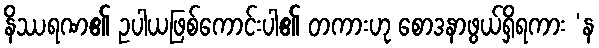
နိဿရဏ၏ ဥပါယဖြစ်ကောင်းပါ၏ တကားဟု စောဒနာဖွယ်ရှိရကား ‘န